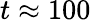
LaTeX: t\approx 100